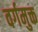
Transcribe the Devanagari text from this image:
वर्गमुक्त